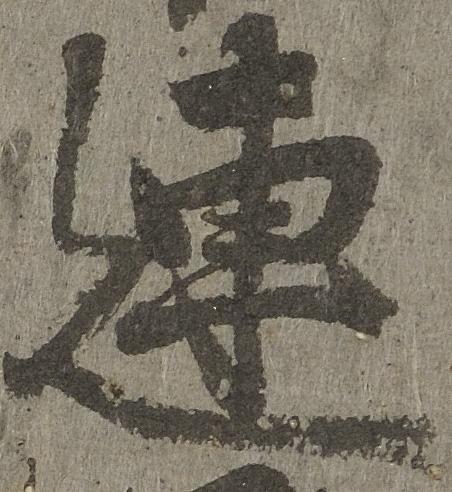
連